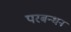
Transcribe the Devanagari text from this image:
परबन्धन